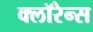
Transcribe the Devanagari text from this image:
क्लॉरेन्स